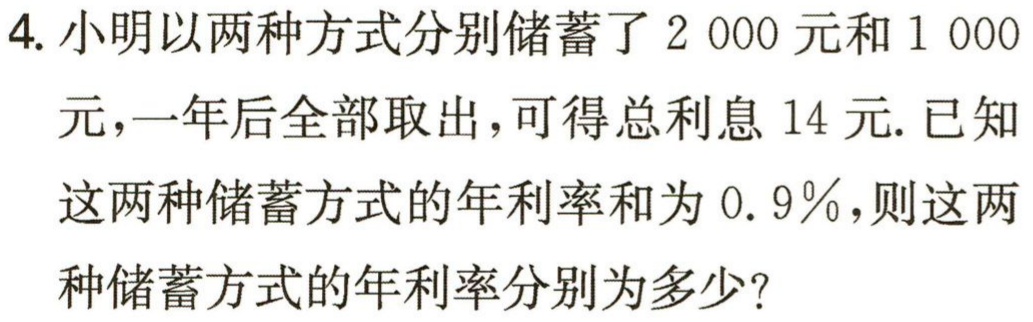
4. 小明以两种方式分别储蓄了$2000$元和$1000$元，一年后全部取出，可得总利息$14$元. 已知这两种储蓄方式的年利率和为$0.9\%$，则这两种储蓄方式的年利率分别为多少？